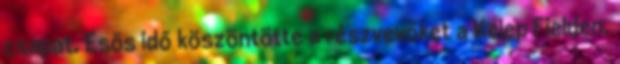
csapat. Esős idő köszöntötte a részvevőket a Kelep Fielden,